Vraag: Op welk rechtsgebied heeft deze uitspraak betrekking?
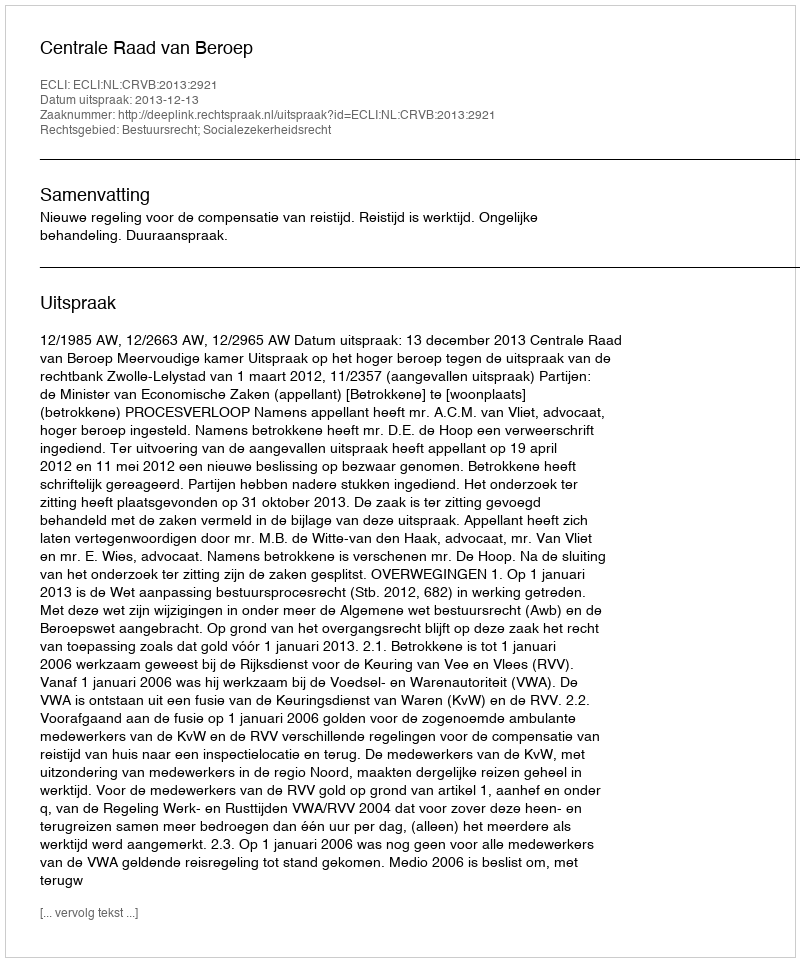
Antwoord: Bestuursrecht; Socialezekerheidsrecht